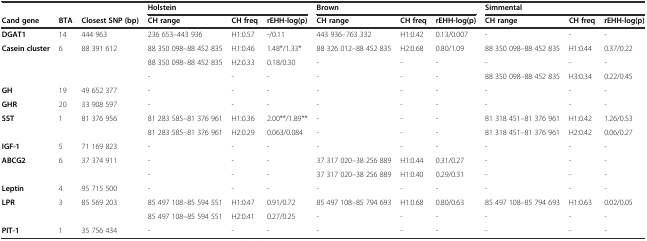
<table><thead><tr><td></td><td></td><td></td><td colspan="3"><b>Holstein</b></td><td colspan="3"><b>Brown</b></td><td colspan="3"><b>Simmental</b></td></tr><tr><td><b>Cand gene</b></td><td><b>BTA</b></td><td><b>Closest SNP (bp)</b></td><td><b>CH range</b></td><td><b>CH freq</b></td><td><b>rEHH-log(p)</b></td><td><b>CH range</b></td><td><b>CH freq</b></td><td><b>rEHH-log(p)</b></td><td><b>CH range</b></td><td><b>CH freq</b></td><td><b>rEHH-log(p)</b></td></tr></thead><tbody><tr><td><b>DGAT1</b></td><td>14</td><td>444 963</td><td>236 653–443 936</td><td>H1:0.57</td><td>-/0.11</td><td>443 936–763 332</td><td>H1:0.42</td><td>0.13/0.007</td><td>-</td><td>-</td><td>-</td></tr><tr><td><b>Casein cluster</b></td><td>6</td><td>88 391 612</td><td>88 350 098–88 452 835</td><td>H1:0.46</td><td>1.48*/1.33*</td><td>88 326 012–88 452 835</td><td>H2:0.68</td><td>0.80/1.09</td><td>88 350 098–88 452 835</td><td>H1:0.44</td><td>0.37/0.22</td></tr><tr><td></td><td></td><td></td><td>88 350 098–88 452 835</td><td>H2:0.33</td><td>0.18/0.30</td><td>-</td><td>-</td><td>-</td><td>-</td><td>-</td><td>-</td></tr><tr><td></td><td></td><td></td><td>-</td><td>-</td><td>-</td><td>-</td><td>-</td><td>-</td><td>88 350 098–88 452 835</td><td>H3:0.34</td><td>0.22/0.45</td></tr><tr><td><b>GH</b></td><td>19</td><td>49 652 377</td><td>-</td><td>-</td><td>-</td><td>-</td><td>-</td><td>-</td><td>-</td><td>-</td><td>-</td></tr><tr><td><b>GHR</b></td><td>20</td><td>33 908 597</td><td>-</td><td>-</td><td>-</td><td>-</td><td>-</td><td>-</td><td>-</td><td>-</td><td>-</td></tr><tr><td><b>SST</b></td><td>1</td><td>81 376 956</td><td>81 283 585–81 376 961</td><td>H1:0.36</td><td>2.00**/1.89**</td><td>-</td><td>-</td><td>-</td><td>81 318 451–81 376 961</td><td>H1:0.42</td><td>1.26/0.53</td></tr><tr><td></td><td></td><td></td><td>81 283 585–81 376 961</td><td>H2:0.29</td><td>0.063/0.084</td><td>-</td><td>-</td><td>-</td><td>81 318 451–81 376 961</td><td>H2:0.42</td><td>0.06/0.27</td></tr><tr><td><b>IGF-1</b></td><td>5</td><td>71 169 823</td><td>-</td><td>-</td><td>-</td><td>-</td><td>-</td><td>-</td><td>-</td><td>-</td><td>-</td></tr><tr><td><b>ABCG2</b></td><td>6</td><td>37 374 911</td><td>-</td><td>-</td><td>-</td><td>37 317 020–38 256 889</td><td>H1:0.44</td><td>0.31/0.27</td><td>-</td><td>-</td><td>-</td></tr><tr><td></td><td></td><td></td><td>-</td><td>-</td><td>-</td><td>37 317 020–38 256 889</td><td>H1:0.40</td><td>0.29/0.31</td><td>-</td><td>-</td><td>-</td></tr><tr><td><b>Leptin</b></td><td>4</td><td>95 715 500</td><td>-</td><td>-</td><td>-</td><td>-</td><td>-</td><td>-</td><td>-</td><td>-</td><td>-</td></tr><tr><td><b>LPR</b></td><td>3</td><td>85 569 203</td><td>85 497 108–85 594 551</td><td>H1:0.47</td><td>0.91/0.72</td><td>85 497 108–85 794 693</td><td>H1:0.68</td><td>0.80/0.63</td><td>85 497 108–85 794 693</td><td>H1:0.63</td><td>0.02/0.05</td></tr><tr><td></td><td></td><td></td><td>85 497 108–85 594 551</td><td>H2:0.41</td><td>0.27/0.25</td><td>-</td><td>-</td><td>-</td><td>-</td><td>-</td><td>-</td></tr><tr><td><b>PIT-1</b></td><td>1</td><td>35 756 434</td><td>-</td><td>-</td><td>-</td><td>-</td><td>-</td><td>-</td><td>-</td><td>-</td><td>-</td></tr></tbody></table>